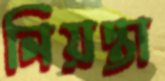
নিয়ন্তা